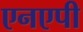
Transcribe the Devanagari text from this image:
एनएपी